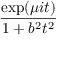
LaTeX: \frac { \exp ( \mu i t ) } { 1 + b ^ { 2 } t ^ { 2 } }